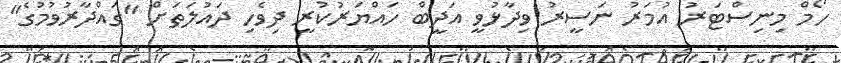
ހޯމް މިނިސްޓަރު އުމަރު ނަސީރު ވިދާޅުވީ އަދީބް ހައްޔަރުކުރީ ދިވެހި ދައުލަތަށް "ގައްދާރުވުމުގެ"